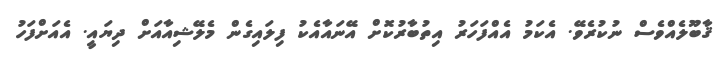
ޤާބޫލެއްވެސް ނުކުރެވޭ. އެކަމު އެއްފަހަރު އިތުބާރުކޮށް އޭނައާއެކު ފިލައިގެން މެލޭޝިއާއަށް ދިޔައީ. އެއަށްފަހު